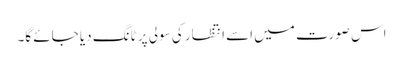
اس صورت میں اسے انتظار کی سولی پر ٹانگ دیا جائے گا۔